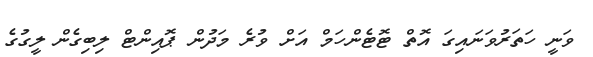
ވަނީ ހަތަރުވަނައިގަ އޮތް ޓޮޓެންހަމް އަށް ވުރެ މަދުން ޕޮއިންޓް ލިބިގެން ލީގުގެ